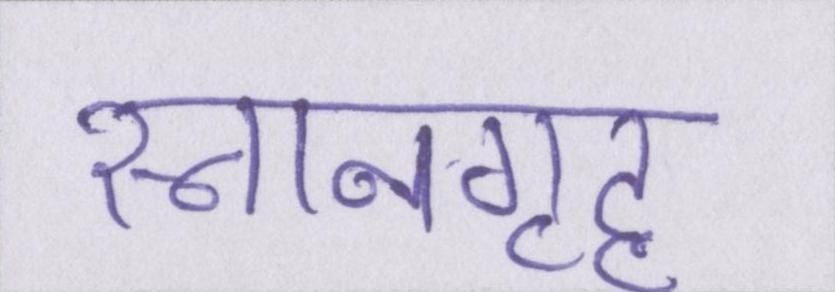
स्नानगृह